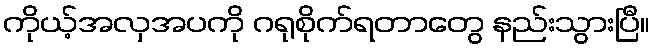
ကိုယ့်အလှအပကို ဂရုစိုက်ရတာတွေ နည်းသွားပြီ။